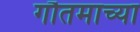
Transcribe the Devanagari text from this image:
गौतमाच्या